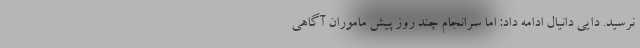
نرسید. دایی دانیال ادامه داد: اما سرانجام چند روز پیش ماموران آگاهی